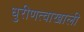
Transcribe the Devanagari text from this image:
धुरीणत्वाखाली